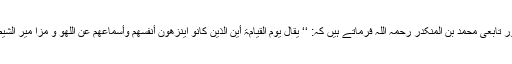
مشہور تابعی محمد بن المنکدر رحمہ اللہ فرماتے ہیں کہ: ‘‘ یقال یوم القیامۃ أین الذین کانو اینزھون أنفسھم وأسماعھم عن اللھو و مزا میر الشیطان؟